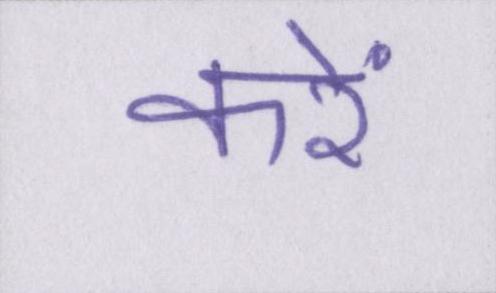
करें